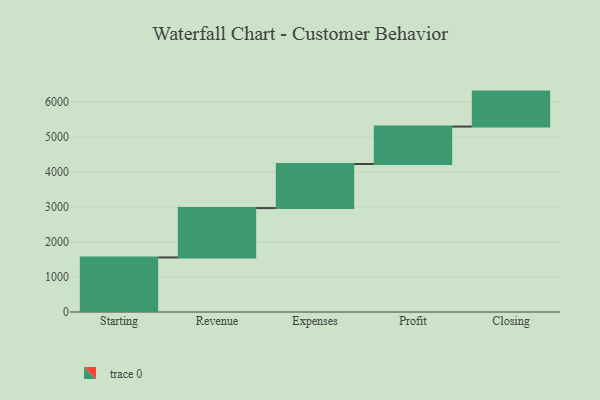
{"axis": {"x": "Step", "y": "Value"}, "legend": [""], "data": [{"x": "Starting", "y": 1560.0, "type": ""}, {"x": "Revenue", "y": 1411.0, "type": ""}, {"x": "Expenses", "y": 1260.0, "type": ""}, {"x": "Profit", "y": 1070.0, "type": ""}, {"x": "Closing", "y": 1000, "type": ""}]}